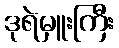
ဒုရဲမှူးကြီး